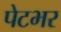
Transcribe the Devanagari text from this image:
पेटभर